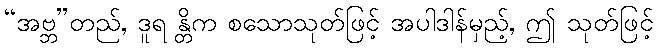
“အဗ္ဘ”တည်, ဒူရ န္တိက စသောသုတ်ဖြင့် အပါဒါန်မှည့်, ဤ သုတ်ဖြင့်